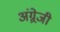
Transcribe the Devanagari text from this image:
अंग्र्रेजी